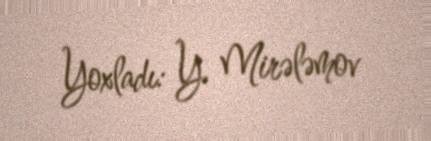
Yoxladı: Y. Mirələmov